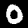
Label: 0